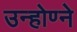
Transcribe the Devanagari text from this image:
उन्होण्ने